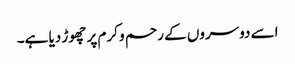
اسے دوسروں کے رحم و کرم پر چھوڑ دیا ہے۔